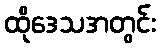
ထိုဒေသအတွင်း